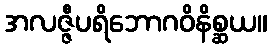
အလဇ္ဇီပရိဘောဂဝိနိစ္ဆယ။